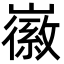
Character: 𡽪